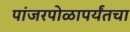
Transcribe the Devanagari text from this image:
पांजरपोळापर्यंतचा